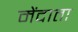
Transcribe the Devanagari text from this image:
मेंदाता